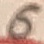
Text: 6